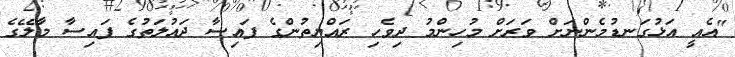
"އެއީ އަޅުގަނޑުމެންނަށް ވަރަށް މުހިންމު ދިވެހި ރައްޔިތުންގެ ފައިސާ ދައުލަތުގެ ފައިސާ މާލޭގެ